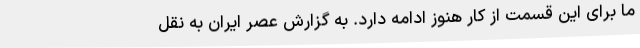
ما برای این قسمت از کار هنوز ادامه دارد. به گزارش عصر ایران به نقل